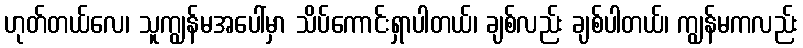
ဟုတ်တယ်လေ၊ သူကျွန်မအပေါ်မှာ သိပ်ကောင်းရှာပါတယ်၊ ချစ်လည်း ချစ်ပါတယ်၊ ကျွန်မကလည်း